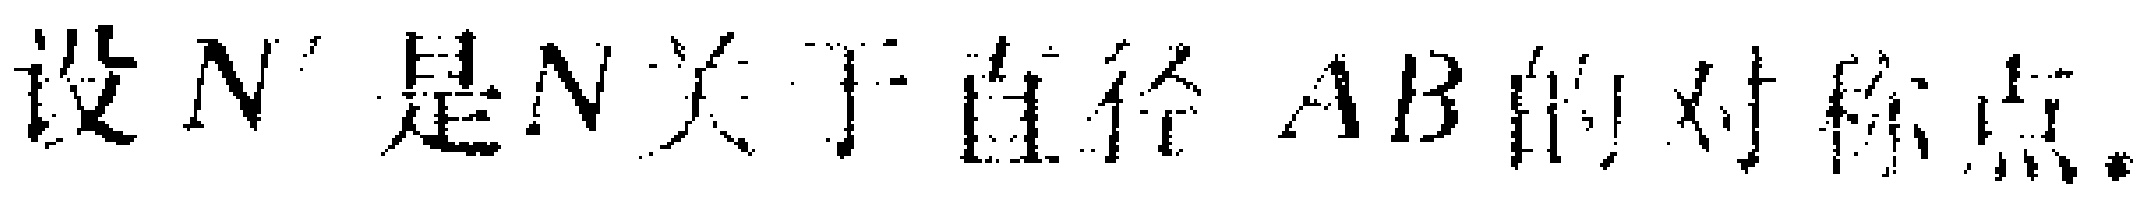
设 \(N'\) 是 \(N\) 关于直径 \(AB\) 的对称点。